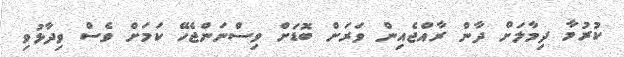
ކުރުމާ ދިމާލަށް ދާން ރާއްޖެއިން ވަރަށް ބޮޑަށް ވިސްނަންޖެހޭ ކަމަށް ވެސް ވިދާޅުވި